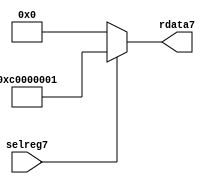
//File7 name   : smc_cfreg_lite7.v
//Title7       : 
//Created7     : 1999
//Description7 : Single7 instance of a config register
//Notes7       : 
//----------------------------------------------------------------------
//   Copyright7 1999-2010 Cadence7 Design7 Systems7, Inc7.
//   All Rights7 Reserved7 Worldwide7
//
//   Licensed7 under the Apache7 License7, Version7 2.0 (the
//   "License7"); you may not use this file except7 in
//   compliance7 with the License7.  You may obtain7 a copy of
//   the License7 at
//
//       http7://www7.apache7.org7/licenses7/LICENSE7-2.0
//
//   Unless7 required7 by applicable7 law7 or agreed7 to in
//   writing, software7 distributed7 under the License7 is
//   distributed7 on an "AS7 IS7" BASIS7, WITHOUT7 WARRANTIES7 OR7
//   CONDITIONS7 OF7 ANY7 KIND7, either7 express7 or implied7.  See
//   the License7 for the specific7 language7 governing7
//   permissions7 and limitations7 under the License7.
//----------------------------------------------------------------------



module smc_cfreg_lite7 (
  // inputs7
  selreg7,

  // outputs7
  rdata7
);


// Inputs7
input         selreg7;               // select7 the register for read/write access

// Outputs7
output [31:0] rdata7;                 // Read data

wire   [31:0] smc_config7;
wire   [31:0] rdata7;


assign rdata7 = ( selreg7 ) ? smc_config7 : 32'b0;
assign smc_config7 =  {1'b1,1'b1,8'h00, 2'b00, 2'b00, 2'b00, 2'b00,2'b00,2'b00,2'b00,8'h01};




endmodule // smc_cfreg7